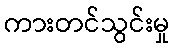
ကားတင်သွင်းမှု